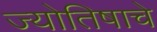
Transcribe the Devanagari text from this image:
ज्योतिषाचे